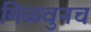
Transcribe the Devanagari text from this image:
मिळवुनच